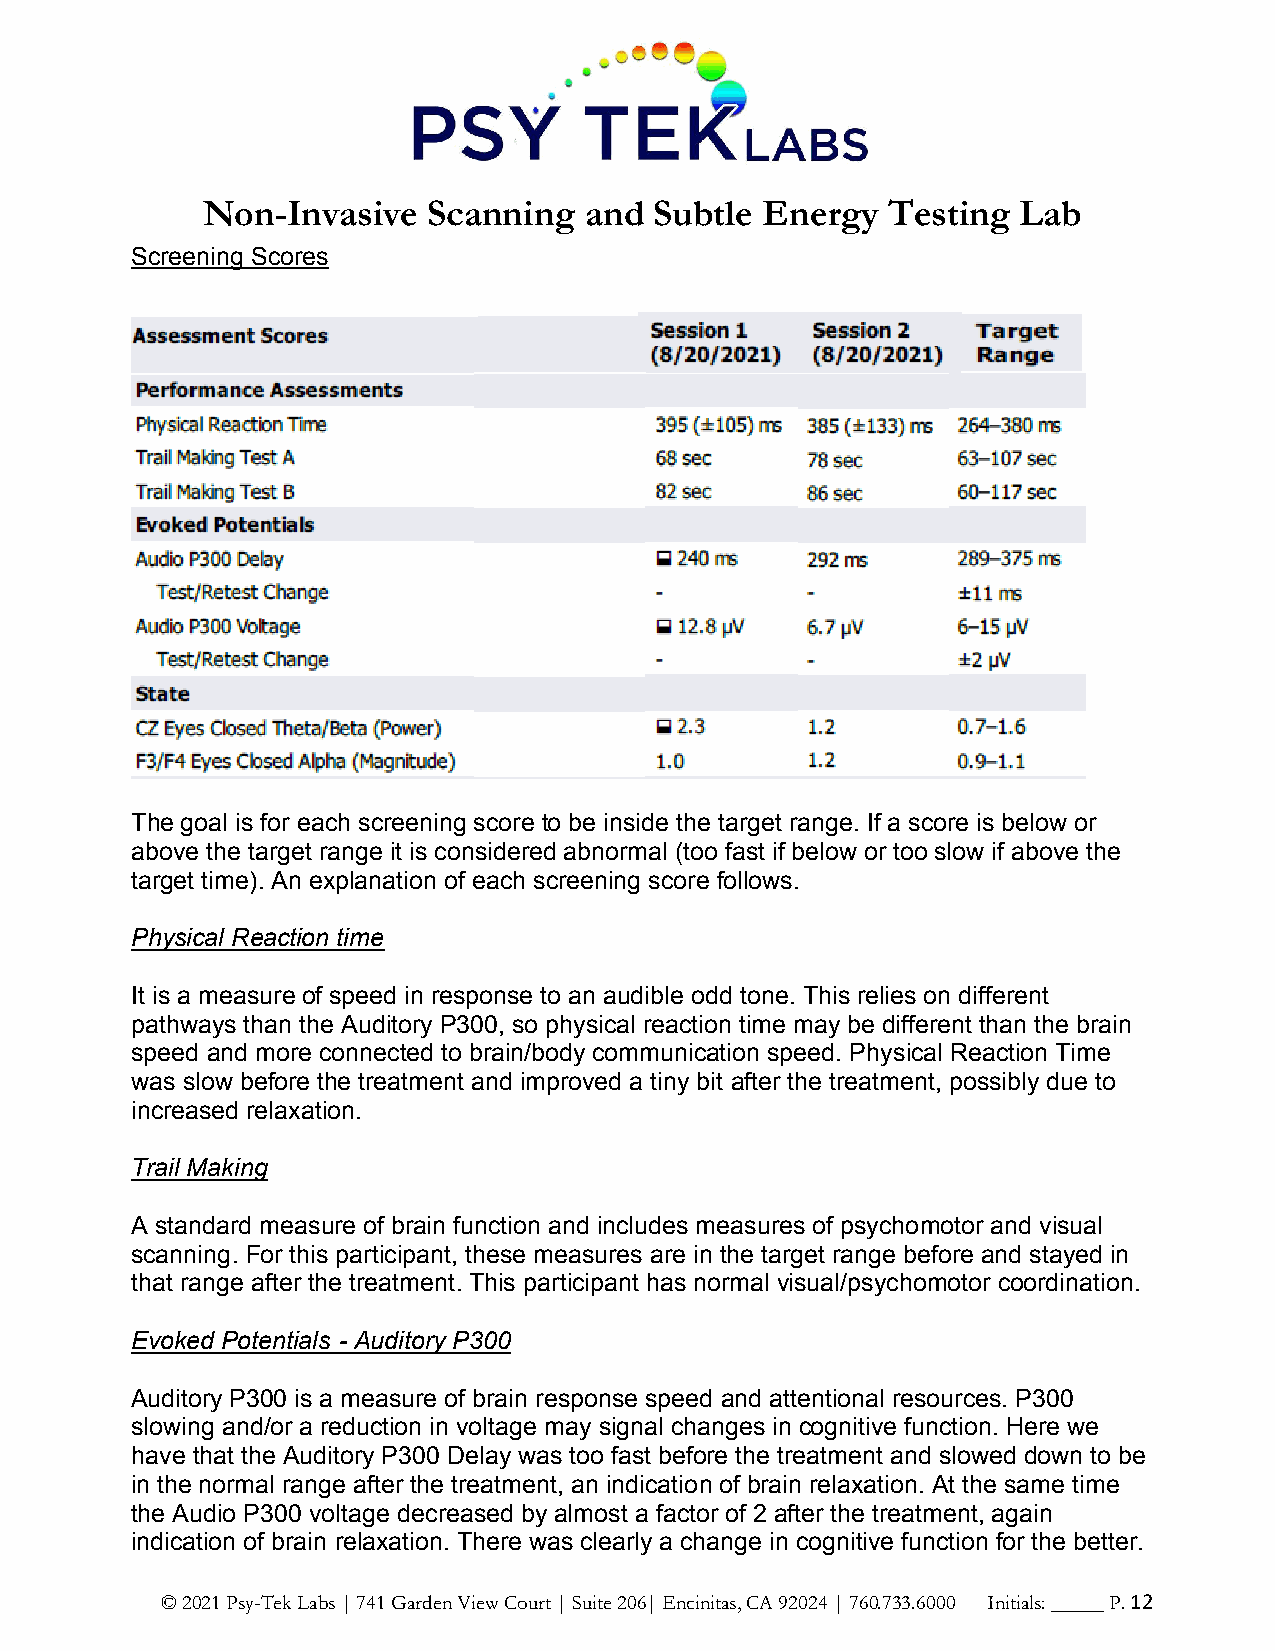
Non-Invasive   Scanning   and Subtle Energy   Testing  Lab
 Screening Scores
 The goal is for each screening score to be inside the target range. If a score is below or
 above the target range it is considered abnormal (too fast if below or too slow if above the
 target time). An explanation of each screening score follows.
 Physical Reaction time
 It is a measure of speed in response to an audible odd tone. This relies on different
 pathways than the Auditory P300, so physical reaction time may be different than the brain
 speed and more connected to brain/body communication speed. Physical Reaction Time
 was slow before the treatment and improved a tiny bit after the treatment, possibly due to
 increased relaxation.
 Trail Making
 A standard measure of brain function and includes measures of psychomotor and visual
 scanning. For this participant, these measures are in the target range before and stayed in
 that range after the treatment. This participant has normal visual/psychomotor coordination.
 Evoked Potentials - Auditory P300
 Auditory P300 is a measure of brain response speed and attentional resources. P300
 slowing and/or a reduction in voltage may signal changes in cognitive function. Here we
 have that the Auditory P300 Delay was too fast before the treatment and slowed down to be
 in the normal range after the treatment, an indication of brain relaxation. At the same time
 the Audio P300 voltage decreased by almost a factor of 2 after the treatment, again
 indication of brain relaxation. There was clearly a change in cognitive function for the better.
 © 2021 Psy-Tek Labs | 741 Garden View Court | Suite 206| Encinitas, CA 92024 | 760.733.6000 Initials: _____ P. 12